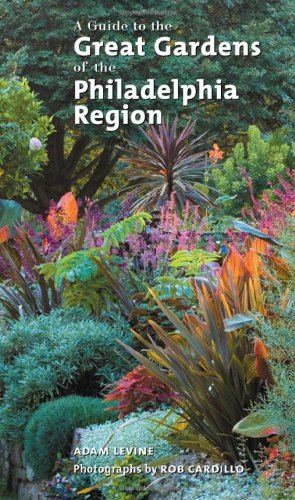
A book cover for A Guide to the Great Gardens of the Philadelphia Region; Adam Levine; Travel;